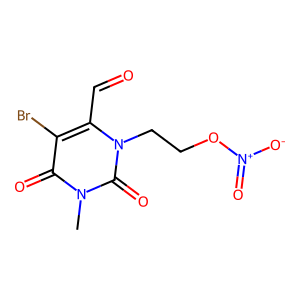
SMILES: Cn1c(=O)c(Br)c(C=O)n(CCO[N+](=O)[O-])c1=O
Inhibits HIV replication: No